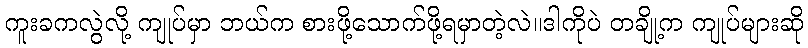
ကူးခကလွဲလို့ ကျုပ်မှာ ဘယ်က စားဖို့သောက်ဖို့ရမှာတဲ့လဲ။ဒါကိုပဲ တချို့က ကျုပ်များဆို